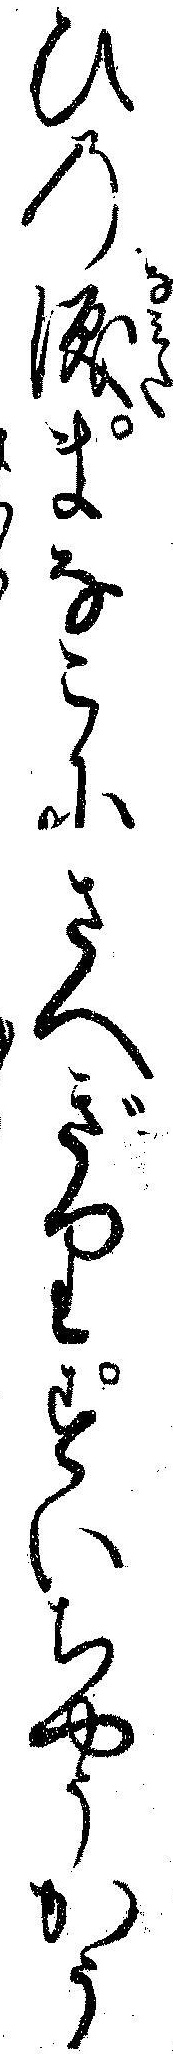
ひの涙まなこにさへぎりすいちやうかう